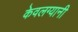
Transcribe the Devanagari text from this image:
केवलग्यानी